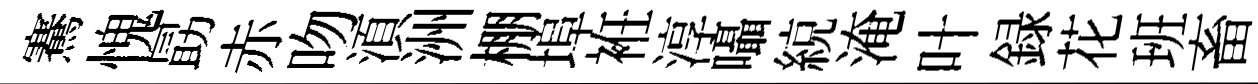
騫愧勗赤吻湏洲棚埠袵淳囁綂淹叶録花班畜